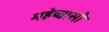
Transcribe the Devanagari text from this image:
महेष्वासो